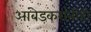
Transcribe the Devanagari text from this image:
आंबेडकरांनीही